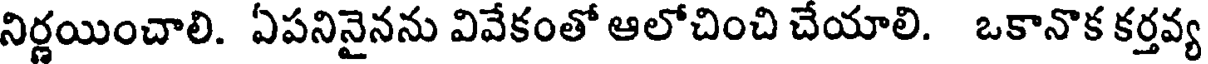
నిర్ణయించాలి. ఏపనినైనను వివేకంతో ఆలోచించి చేయాలి. ఒకానొక కర్తవ్య